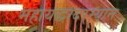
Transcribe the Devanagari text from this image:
महायद्धादरम्यान